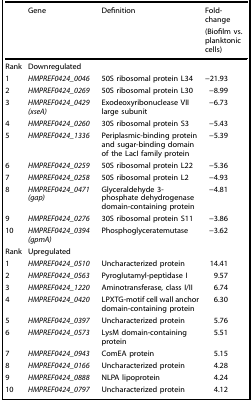
<table><thead><tr><td></td><td><b>Gene</b></td><td><b>Definition</b></td><td><b>Fold-change</b></td></tr><tr><td></td><td></td><td></td><td><b>(Biofilm vs. planktonic cells)</b></td></tr></thead><tbody><tr><td>Rank</td><td>Downregulated</td><td></td><td></td></tr><tr><td>1</td><td><i>HMPREF0424_0046</i></td><td>50S ribosomal protein L34</td><td>−21.93</td></tr><tr><td>2</td><td><i>HMPREF0424_0269</i></td><td>50S ribosomal protein L30</td><td>−8.99</td></tr><tr><td>3</td><td><i>HMPREF0424_0429 (xseA)</i></td><td>Exodeoxyribonuclease VII large subunit</td><td>−6.73</td></tr><tr><td>4</td><td><i>HMPREF0424_0260</i></td><td>30S ribosomal protein S3</td><td>−5.43</td></tr><tr><td>5</td><td><i>HMPREF0424_1336</i></td><td>Periplasmic-binding protein and sugar-binding domain of the LacI family protein</td><td>−5.39</td></tr><tr><td>6</td><td><i>HMPREF0424_0259</i></td><td>50S ribosomal protein L22</td><td>−5.36</td></tr><tr><td>7</td><td><i>HMPREF0424_0258</i></td><td>50S ribosomal protein L2</td><td>−4.93</td></tr><tr><td>8</td><td><i>HMPREF0424_0471 (gap)</i></td><td>Glyceraldehyde 3-phosphate dehydrogenase domain-containing protein</td><td>−4.81</td></tr><tr><td>9</td><td><i>HMPREF0424_0276</i></td><td>30S ribosomal protein S11</td><td>−3.86</td></tr><tr><td>10</td><td><i>HMPREF0424_0394 (gpmA)</i></td><td>Phosphoglyceratemutase</td><td>−3.62</td></tr><tr><td>Rank</td><td>Upregulated</td><td></td><td></td></tr><tr><td>1</td><td><i>HMPREF0424_0510</i></td><td>Uncharacterized protein</td><td>14.41</td></tr><tr><td>2</td><td><i>HMPREF0424_0563</i></td><td>Pyroglutamyl-peptidase I</td><td>9.57</td></tr><tr><td>3</td><td><i>HMPREF0424_1220</i></td><td>Aminotransferase, class I/II</td><td>6.74</td></tr><tr><td>4</td><td><i>HMPREF0424_0420</i></td><td>LPXTG-motif cell wall anchor domain-containing protein</td><td>6.30</td></tr><tr><td>5</td><td><i>HMPREF0424_0397</i></td><td>Uncharacterized protein</td><td>5.76</td></tr><tr><td>6</td><td><i>HMPREF0424_0573</i></td><td>LysM domain-containing protein</td><td>5.51</td></tr><tr><td>7</td><td><i>HMPREF0424_0943</i></td><td>ComEA protein</td><td>5.15</td></tr><tr><td>8</td><td><i>HMPREF0424_0166</i></td><td>Uncharacterized protein</td><td>4.28</td></tr><tr><td>9</td><td><i>HMPREF0424_0888</i></td><td>NLPA lipoprotein</td><td>4.24</td></tr><tr><td>10</td><td><i>HMPREF0424_0797</i></td><td>Uncharacterized protein</td><td>4.12</td></tr></tbody></table>